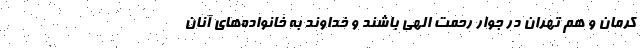
کرمان و هم تهران در جوار رحمت الهی باشند و خداوند به خانواده‌های آنان